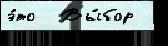
э́то  Вы́бор